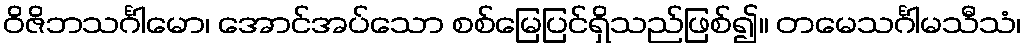
ဝိဇိဘသင်္ဂါမော၊ အောင်အပ်သော စစ်မြေပြင်ရှိသည်ဖြစ်၍။ တမေသင်္ဂါမသီသံ၊